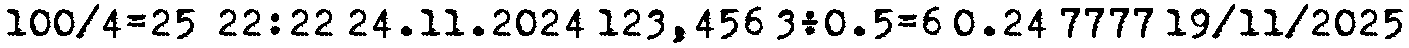
100/4=25  22:22 24.11.2024 123,456 3÷0.5=6 0.24 7777 19/11/2025